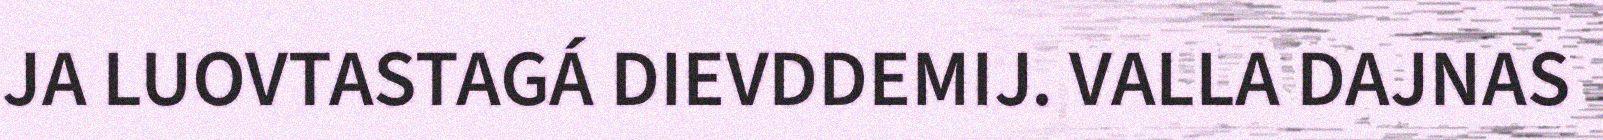
JA LUOVTASTAGÁ DIEVDDEMIJ. VALLA DAJNAS